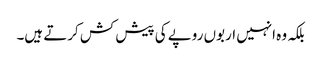
بلکہ وہ انہیں اربوں روپے کی پیش کش کرتے ہیں۔